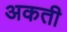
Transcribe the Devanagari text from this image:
अकती